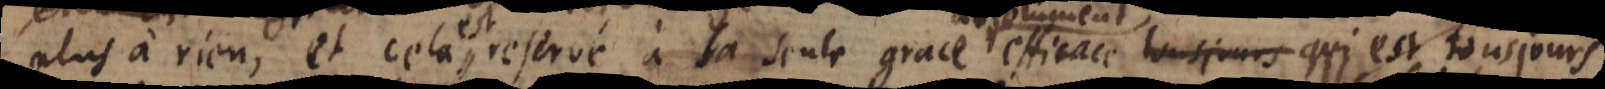
plus à rien, et cela est reservé à la seule grace efficace qui est tousjours